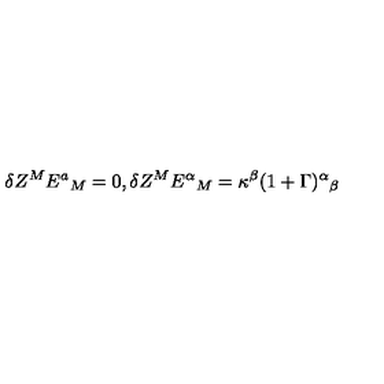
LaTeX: \delta Z ^ { M } E ^ { a } { } _ { M } = 0 , \delta Z ^ { M } E ^ { \alpha } { } _ { M } = \kappa ^ { \beta } ( 1 + \Gamma ) ^ { \alpha } { } _ { \beta }